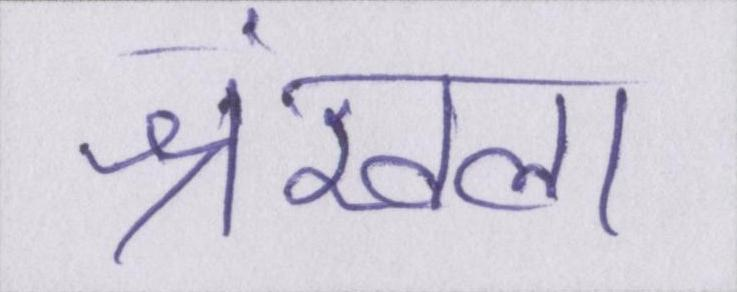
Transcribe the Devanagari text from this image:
श्रंखला